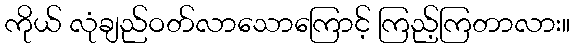
ကိုယ် လုံချည်ဝတ်လာသောကြောင့် ကြည့်ကြတာလား။